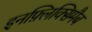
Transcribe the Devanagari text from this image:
इनफ़्लिक्सिमैब